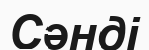
Сәнді